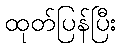
ထုတ်ပြန်ပြီး